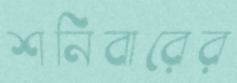
শনিবারের